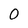
Character: O